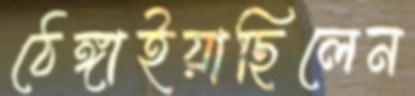
ঠেঙ্গাইয়াছিলেন